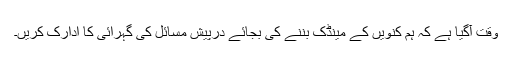
وقت آگیا ہے کہ ہم کنویں کے مینڈک بننے کی بجائے درپیش مسائل کی گہرائی کا ادارک کریں۔